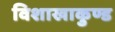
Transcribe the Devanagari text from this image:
विशाखाकुण्ड